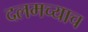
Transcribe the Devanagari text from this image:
दलमच्याच